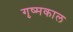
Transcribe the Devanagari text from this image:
गृष्मकाल